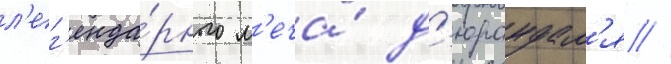
л'ег'енда́рного м'еча́ д'юрандал'я //